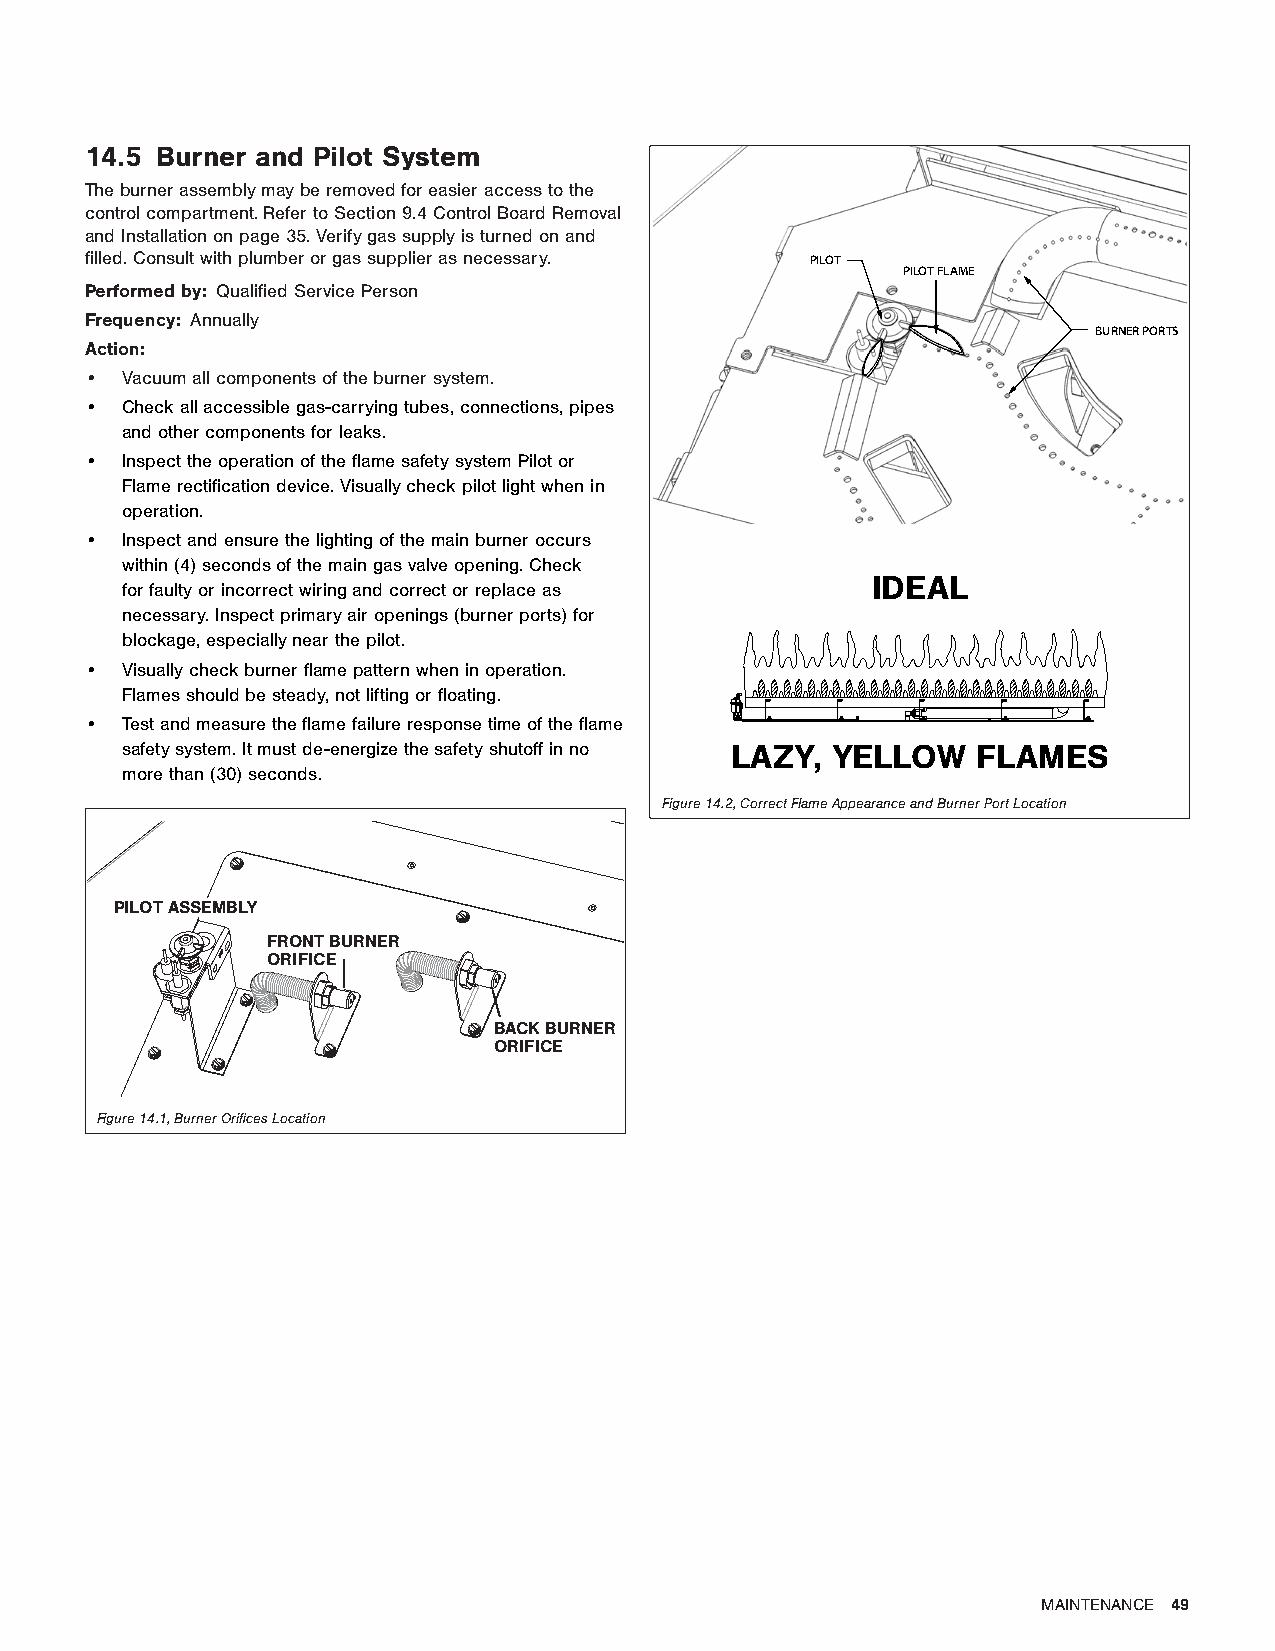
14.5 Burner and Pilot System
 The burner assembly may be removed for easier access to the
 control compartment. Refer to Section 9.4 Control Board Removal
 and Installation on page 35. Verify gas supply is turned on and
 filled. Consult with plumber or gas supplier as necessary. PILOT
 PILOT FLAME
 Performed by: Qualified Service Person
 Frequency: Annually
 BURNER PORTS
 Action:
 • Vacuum all components of the burner system.
 • Check all accessible gas-carrying tubes, connections, pipes
 and other components for leaks.
 • Inspect the operation of the flame safety system Pilot or
 Flame rectification device. Visually check pilot light when in
 operation.
 • Inspect and ensure the lighting of the main burner occurs
 within (4) seconds of the main gas valve opening. Check
 IDEAL
 for faulty or incorrect wiring and correct or replace as
 necessary. Inspect primary air openings (burner ports) for
 blockage, especially near the pilot.
 • Visually check burner flame pattern when in operation.
 Flames should be steady, not lifting or floating.
 • Test and measure the flame failure response time of the flame
 safety system. It must de-energize the safety shutoff in no LAZY, YELLOW FLAMES
 more than (30) seconds.
 Figure 14.2, Correct Flame Appearance and Burner Port Location
 PILOT ASSEMBLY
 FRONT BURNER
 ORIFICE
 BACK BURNER
 ORIFICE
 Figure 14.1, Burner Orifices Location
 MAINTENANCE 49